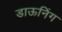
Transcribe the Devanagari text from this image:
डाऊनिंग